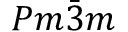
P m \Bar { 3 } m